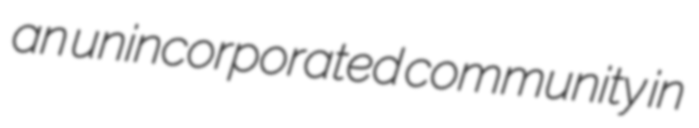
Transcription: an unincorporated community in